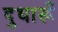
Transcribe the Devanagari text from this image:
दुधारूँ